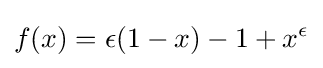
f(x)=\epsilon (1-x)-1+x^{\epsilon }